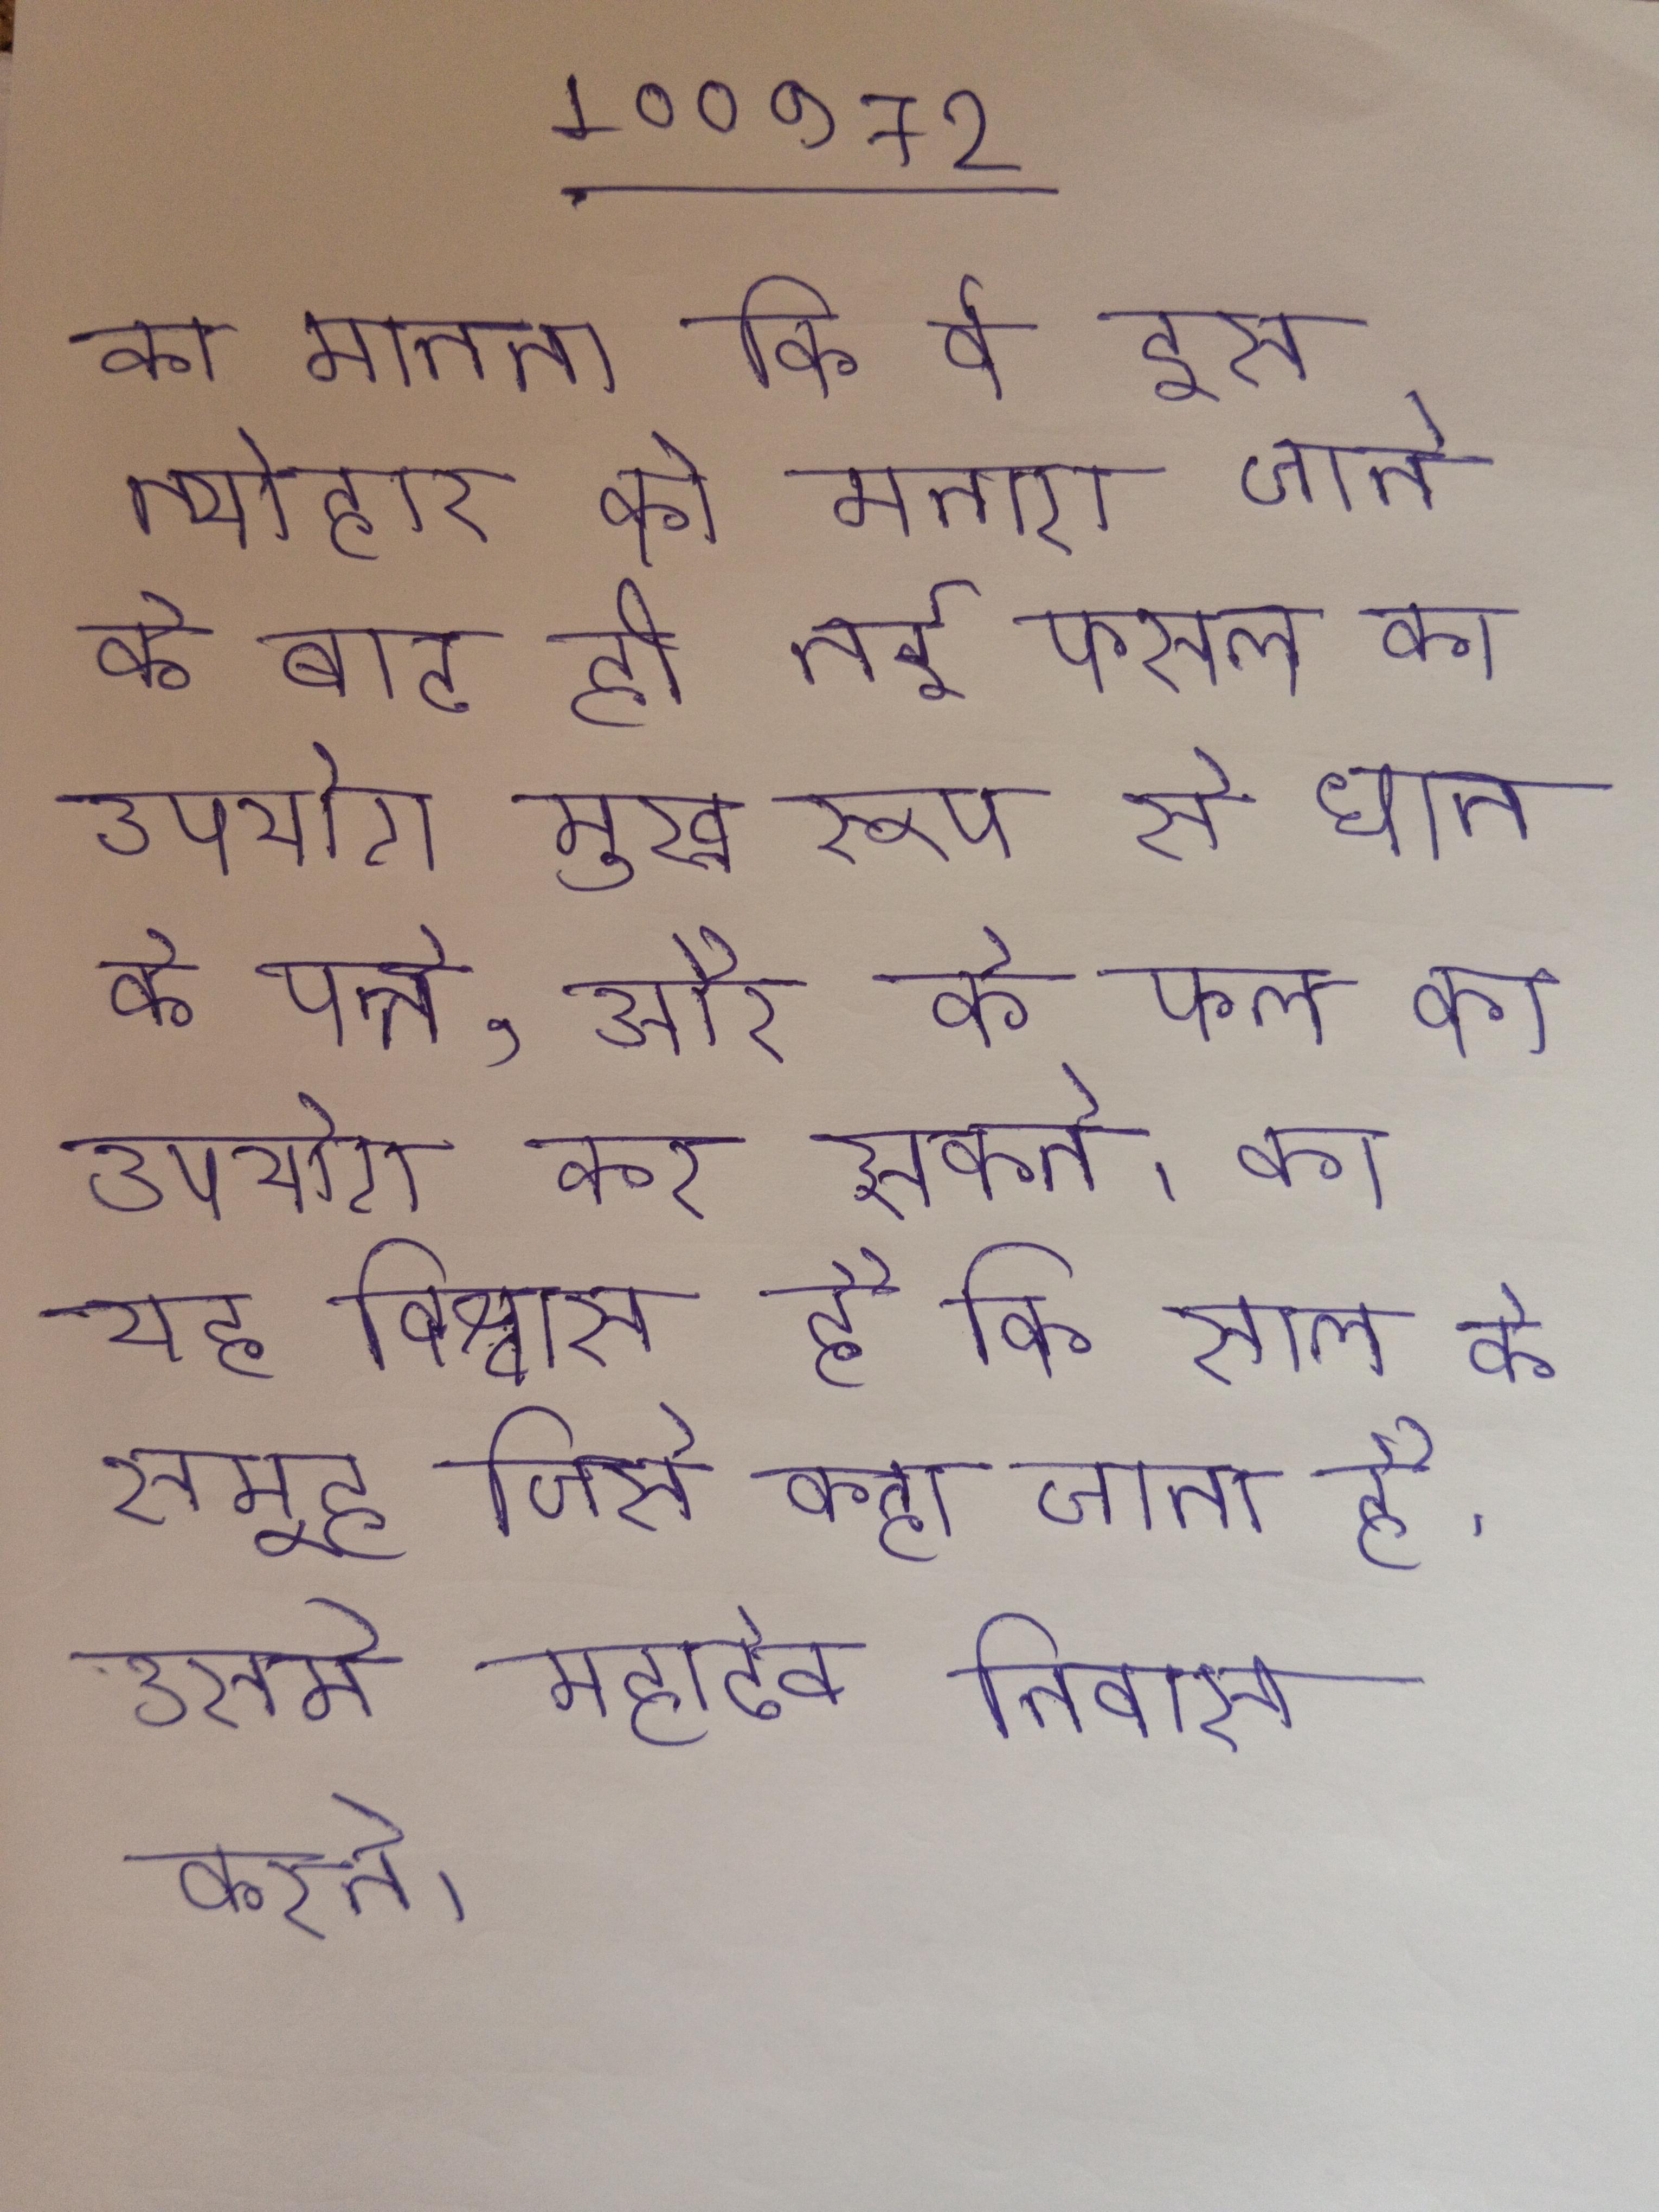
का मानना कि वे इस त्योहार को मनाए जाने के बाद ही नई फसल का उपयोग मुख्य रूप से धान, के पत्ते, और के फल का उपयोग कर सकते । का यह विश्वास है कि साल के समूह जिसे कहा जाता है, उसमे महादेव निवास करते ।